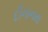
દીનાનાથ